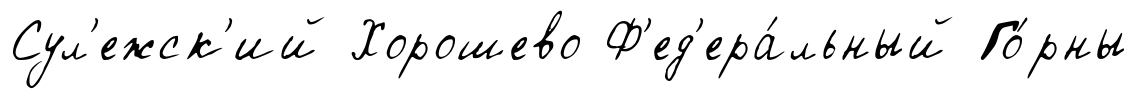
Сул'ежск'ий Хорошево Ф'ед'ера́льный Го́рны